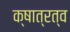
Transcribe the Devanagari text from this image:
क्षात्रत्व